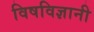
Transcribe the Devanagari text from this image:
विषविज्ञानी